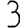
Digit: 3